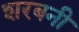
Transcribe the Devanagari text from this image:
शरबनी